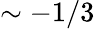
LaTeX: \sim-1/3